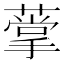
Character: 𦺡